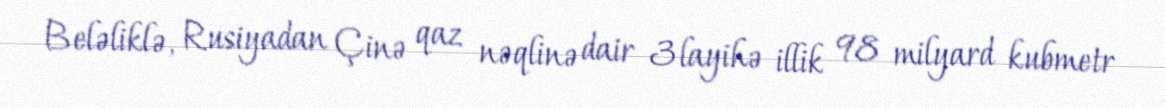
Beləliklə, Rusiyadan Çinə qaz nəqlinə dair 3 layihə illik 98 milyard kubmetr